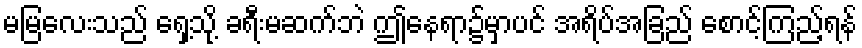
မမြလေးသည် ရှေ့သို့ ခရီးမဆက်ဘဲ ဤနေရာ၌မှာပင် အရိပ်အခြည် စောင့်ကြည့်ရန်